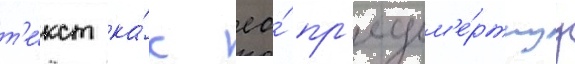
т'е́кст ка́к ео́ пр'едсм'е́ртнуу